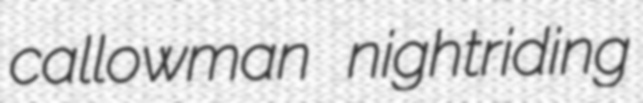
callowman nightriding